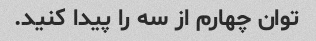
توان چهارم از سه را پیدا کنید.